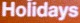
Holidays